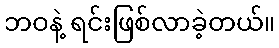
ဘဝနဲ့ ရင်းဖြစ်လာခဲ့တယ်။